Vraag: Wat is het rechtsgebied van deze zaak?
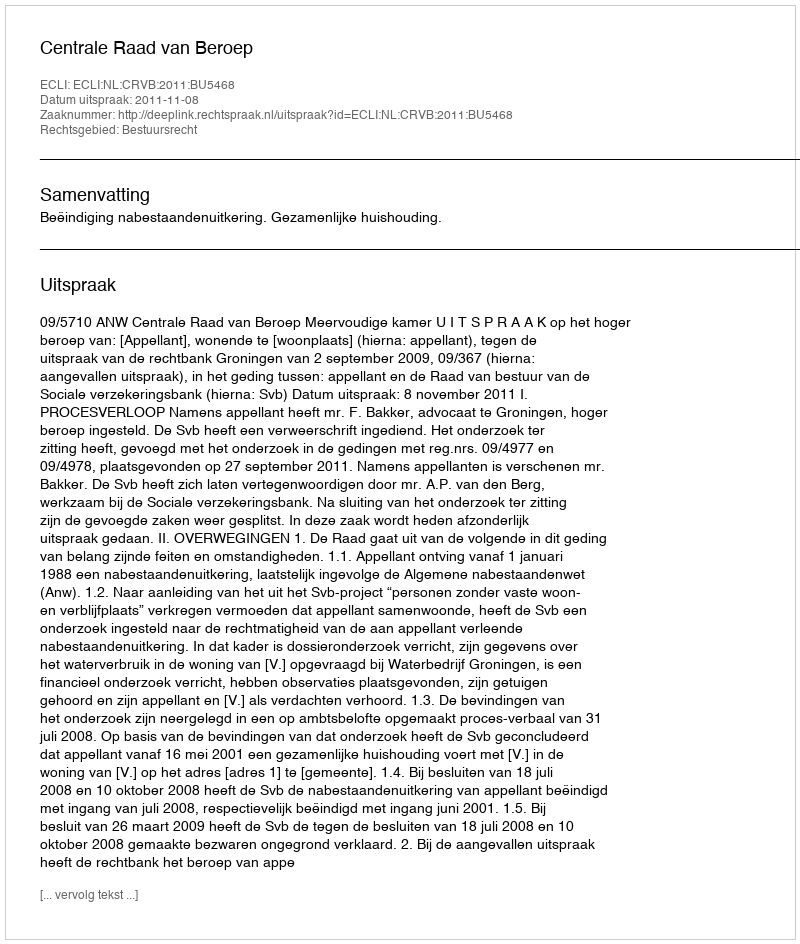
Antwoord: Bestuursrecht